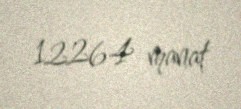
12264 manat